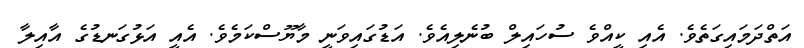
އަތްދަމައިގަތެވެ. އެއި ކީއްވެ ސުހައިލް ބުނެލިއެވެ. އަޑުގައިވަނީ މާޔޫސްކަމެވެ. އެއީ އަޅުގަނޑުގެ އާއިލާ